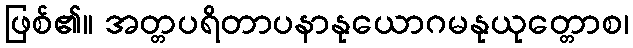
ဖြစ်၏။ အတ္တပရိတာပနာနုယောဂမနုယုတ္တောစ၊